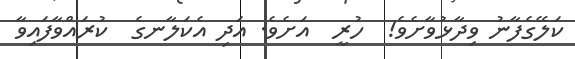
ކަލޭގެފާނު ވިދާޅުވާށެވެ!  ހުރީ  އަށެވެ. އަދި އެކަލާނގެ  ކުރައްވާފައިވާ